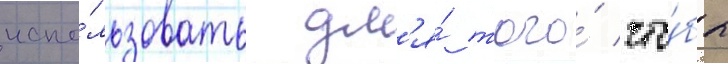
испо́льзовать дл'я́ того́ что́бы